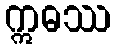
ဣဓဿ